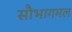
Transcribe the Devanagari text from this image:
सौभागमल